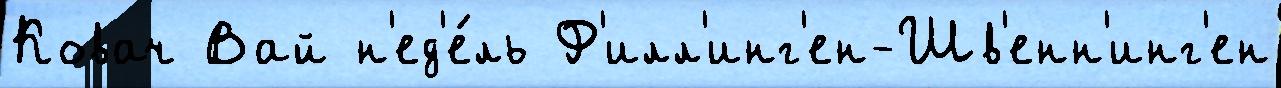
Ковач Вай н'ед'е́ль Ф'илл'инг'ен-Шв'енн'инг'ен